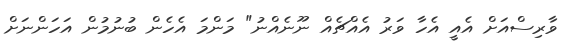
ވާރިސްއަށް އެއީ އެހާ ވަރު އެއްޗެއް ނޫނެއްނު" މަންމަ އެހެން ބުނުމުން އަހަންނަށް